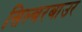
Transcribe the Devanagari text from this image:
सिल्बरबाउर